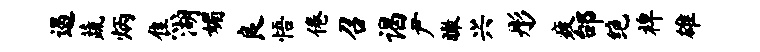
遏蔬炳焦湖媚良悟倦召谒尹瞰兴彤疲邰绝裨雄